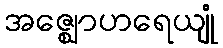
အဇ္ဈောဟရေယျုံ